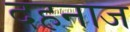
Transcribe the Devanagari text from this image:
दहनाज